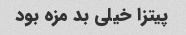
پیتزا خیلی بد مزه بود